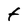
Character: t